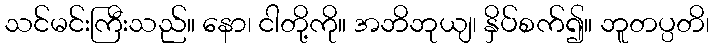
သင်မင်းကြီးသည်။ နော၊ ငါတို့ကို။ အဘိဘုယျ၊ နှိပ်စက်၍။ ဘူတပ္ပတိ၊